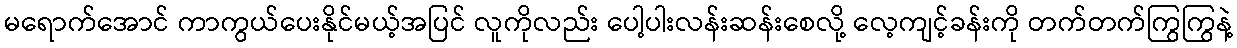
မရောက်အောင် ကာကွယ်ပေးနိုင်မယ့်အပြင် လူကိုလည်း ပေါ့ပါးလန်းဆန်းစေလို့ လေ့ကျင့်ခန်းကို တက်တက်ကြွကြွနဲ့